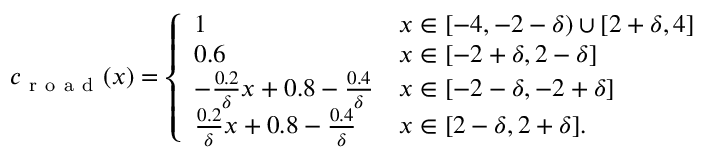
\begin{array} { r } { c _ { \mathrm { ~ r ~ o ~ a ~ d ~ } } ( x ) = \left\{ \begin{array} { l l } { 1 } & { x \in [ - 4 , - 2 - \delta ) \cup [ 2 + \delta , 4 ] } \\ { 0 . 6 } & { x \in [ - 2 + \delta , 2 - \delta ] } \\ { - \frac { 0 . 2 } { \delta } x + 0 . 8 - \frac { 0 . 4 } { \delta } } & { x \in [ - 2 - \delta , - 2 + \delta ] } \\ { \frac { 0 . 2 } { \delta } x + 0 . 8 - \frac { 0 . 4 } { \delta } } & { x \in [ 2 - \delta , 2 + \delta ] . } \end{array} \right. } \end{array}